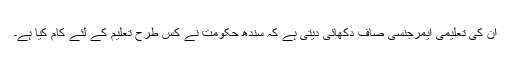
ان کی تعلیمی ایمرجنسی صاف دکھائی دیتی ہے کہ سندھ حکومت نے کس طرح تعلیم کے لئے کام کیا ہے۔